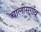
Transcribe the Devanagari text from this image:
चालीसगाँव